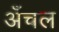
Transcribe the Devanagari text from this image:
अँचल